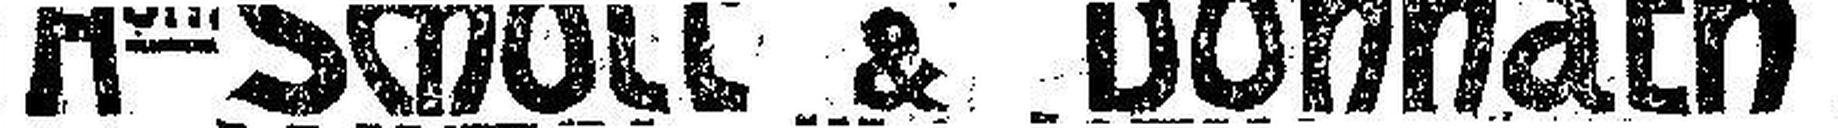
HCH. Schott & Donnath